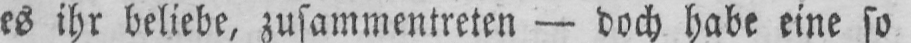
es ihr beliebe, zusammentreten - doch habe eine so